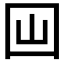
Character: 𡆯